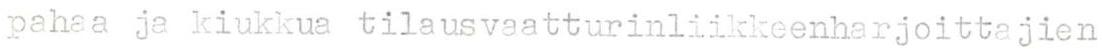
pahaa ja kiukkua tilausvaatturinliikkeenharjoittajien